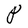
Character: P